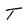
Character: T